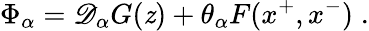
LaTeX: \Phi_{\alpha}=\mathscr{D}_{\alpha}G(\mathit{z})+\theta_{\alpha}F(x^{+},x^{-})\; .